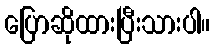
ပြောဆိုထားပြီးသားပါ။